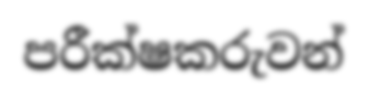
පරීක්ෂකරුවන්